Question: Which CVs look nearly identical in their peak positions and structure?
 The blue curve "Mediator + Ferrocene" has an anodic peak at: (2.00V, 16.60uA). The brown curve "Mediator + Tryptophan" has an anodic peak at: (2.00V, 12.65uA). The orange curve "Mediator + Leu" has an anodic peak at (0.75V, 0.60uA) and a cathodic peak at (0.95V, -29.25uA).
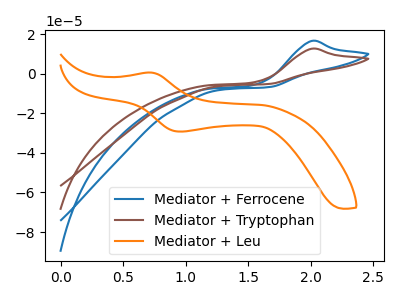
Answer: <think>All the peaks in "Mediator + Ferrocene" have a peak in "Mediator + Tryptophan" at the same potential. Every peak in "Mediator + Ferrocene" is higher than every peak in "Mediator + Tryptophan". "Mediator + Ferrocene" and "Mediator + Leu" have a different number of peaks. "Mediator + Tryptophan" and "Mediator + Leu" have a different number of peaks.
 </think>
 <answer>"Mediator + Tryptophan" and "Mediator + Ferrocene" have the same shape and are likely CV's of the same chemical.</answer>
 <eval>"Mediator + Tryptophan" "Mediator + Ferrocene"</eval>